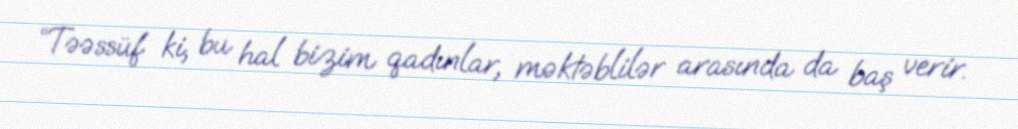
“Təəssüf ki, bu hal bizim qadınlar, məktəblilər arasında da baş verir.